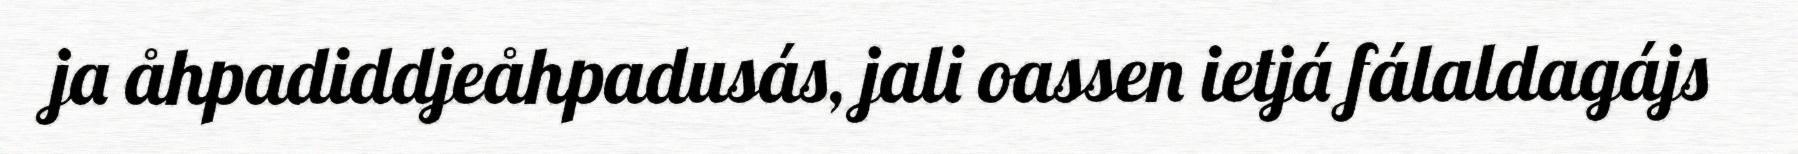
ja åhpadiddjeåhpadusás, jali oassen ietjá fálaldagájs